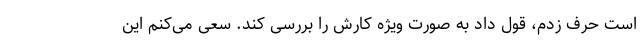
است حرف زدم، قول داد به صورت ویژه کارش را بررسی کند. سعی می‌کنم این